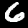
Digit: 6